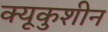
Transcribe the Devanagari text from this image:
क्यूकुशीन